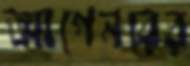
আগেনরের